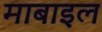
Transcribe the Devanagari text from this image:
माबाइल